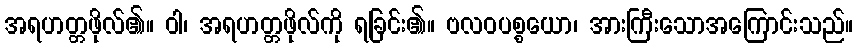
အရဟတ္တဖိုလ်၏။ ဝါ၊ အရဟတ္တဖိုလ်ကို ရခြင်း၏။ ဗလဝပစ္စယော၊ အားကြီးသောအကြောင်းသည်။